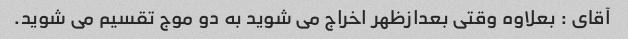
آقای : بعلاوه وقتی بعدازظهر اخراج می شوید به دو موج تقسیم می شوید.